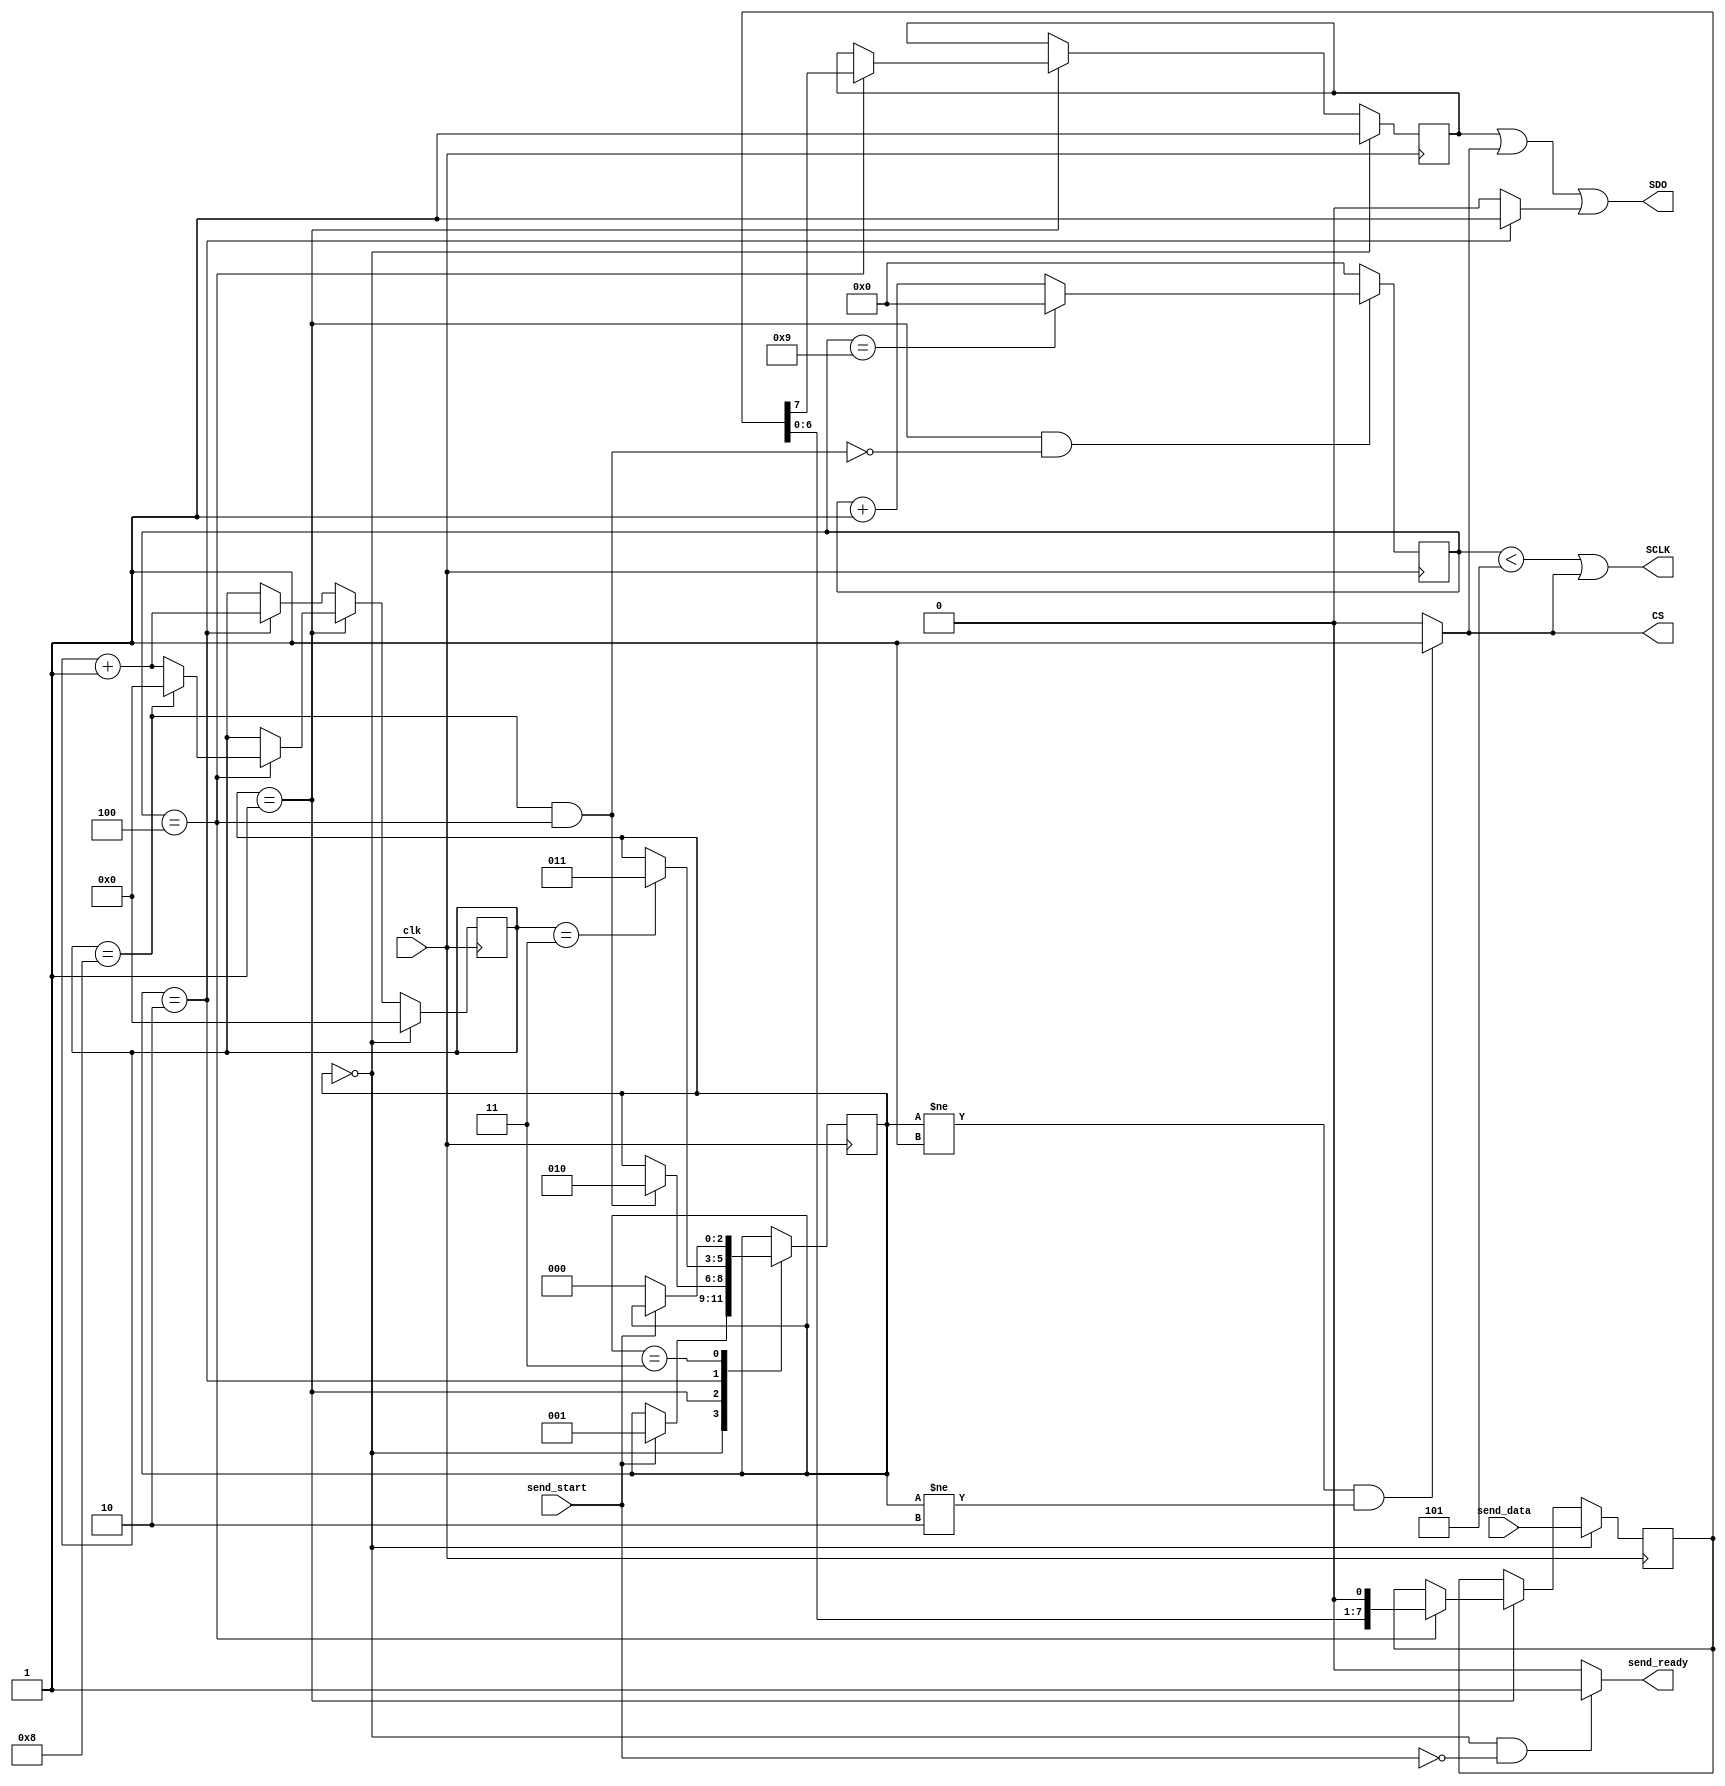
// This program was cloned from: https://github.com/cis5710/cis5710-homework
// License: MIT License

`timescale 1ns / 1ps
//////////////////////////////////////////////////////////////////////////////////
// Company: DigilentInc
// 
// Module Name: SpiCtrl
// Project Name: OLED Demo
// Description: SPI Controller. Sends a data byte on start flag high, asserts ready high when not busy.
// 
// Revision:
// Revision 0.01 - File Created
// Additional Comments:
// 
//////////////////////////////////////////////////////////////////////////////////


module SpiCtrl (
    input wire       clk,
    input wire       send_start,
    input wire [7:0] send_data,
    output wire      send_ready,
    output wire      CS,
    output wire      SDO,
    output wire      SCLK
);
    localparam  Idle   = 0,
                Send   = 1,
                HoldCS = 2,
                Hold   = 3;
    localparam  COUNTER_MID = 4,
                COUNTER_MAX = 9,
                SCLK_DUTY = 5;
    reg [2:0]   state = Idle;
    reg [7:0]   shift_register=0;
    reg [3:0]   shift_counter=0;
    wire        clk_divided;
    reg [4:0]   counter=0;
    reg         temp_sdo;
    
    assign SCLK = (counter < SCLK_DUTY) | CS;
    assign SDO = temp_sdo | CS | (state == HoldCS ? 1'b1 : 1'b0);
    assign CS = (state != Send && state != HoldCS) ? 1'b1 : 1'b0;
    assign send_ready = (state == Idle && send_start == 1'b0) ? 1'b1 : 1'b0;
    
    always@(posedge clk)
        case (state)
        Idle: begin
            if (send_start == 1'b1)
                state <= Send;
        end
        Send: begin
            if (shift_counter == 8 && counter == COUNTER_MID) begin
                state <= HoldCS;
            end
        end
        HoldCS: begin
            if (shift_counter == 4'd3)
                state <= Hold;
        end
        Hold: begin
            if (send_start == 1'b0)
                state <= Idle;
        end
        endcase
    always@(posedge clk)
        if (state == Send && ~(counter == COUNTER_MID && shift_counter == 8)) begin
            if (counter == COUNTER_MAX)
                counter <= 0;
            else
                counter <= counter + 1'b1;
        end else
            counter <= 'b0;
    always@(posedge clk)
        if (state == Idle) begin
            shift_counter <= 'b0;
            shift_register <= send_data;
            temp_sdo <= 1'b1;
        end
        else if (state == Send) begin
            if (counter == COUNTER_MID) begin
//                falling <= 1'b1;
                temp_sdo <= shift_register[7];
                shift_register <= {shift_register[6:0], 1'b0};
                if (shift_counter == 4'b1000)
                    shift_counter <= 'b0;
                else
                    shift_counter <= shift_counter + 1'b1;
            end
//            end else if (clk_divided <= 1'b1)
//                falling <= 1'b0;
        end
        else if (state == HoldCS) begin
            shift_counter <= shift_counter + 1'b1;
        end
endmodule